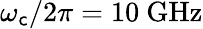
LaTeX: \omega_{\mathsf{c}}/2\pi=10~\mathrm{{GHz}}